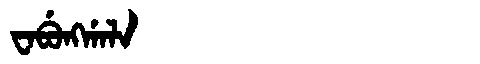
Manchu: ᠸᠠᠪᡠᠩᡤᠠᠯᠠ
Romanization: WABUNGGALA